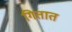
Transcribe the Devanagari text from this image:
गितात